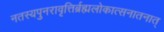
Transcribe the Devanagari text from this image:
नतस्यपुनरावृत्तिर्ब्रह्मलोकात्सनातनात्